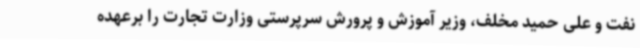
نفت و علی حمید مخلف، وزیر آموزش و پرورش سرپرستی وزارت تجارت را برعهده